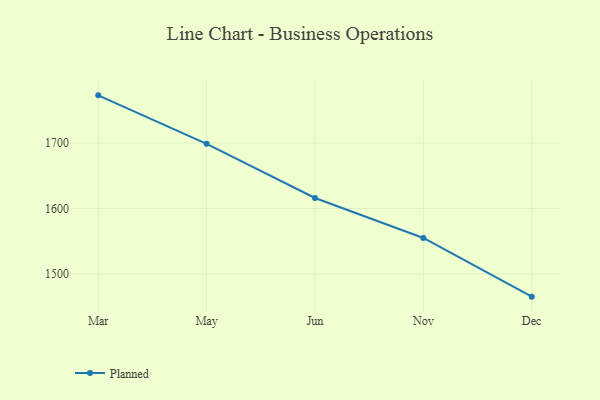
{"axis": {"x": "Month", "y": "Population (Million)"}, "legend": ["Planned"], "data": [{"x": "Mar", "y": 1772.8, "type": "Planned"}, {"x": "May", "y": 1698.7, "type": "Planned"}, {"x": "Jun", "y": 1616.1, "type": "Planned"}, {"x": "Nov", "y": 1555.0, "type": "Planned"}, {"x": "Dec", "y": 1465.4, "type": "Planned"}]}